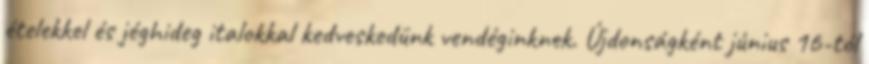
ételekkel és jéghideg italokkal kedveskedünk vendéginknek. Újdonságként június 16-tól